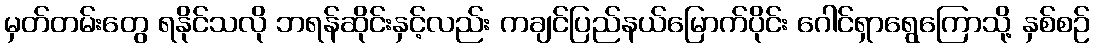
မှတ်တမ်းတွေ ရနိုင်သလို ဘရန်ဆိုင်းနှင့်လည်း ကချင်ပြည်နယ်မြောက်ပိုင်း ဂေါင်ရှာရွေကြောသို့ နှစ်စဉ်